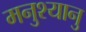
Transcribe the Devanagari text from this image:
मनुश्यानु